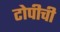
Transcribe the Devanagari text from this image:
टोपीची